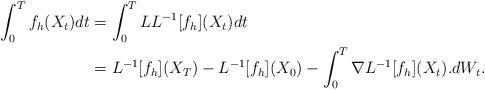
LaTeX: \begin{align*}\int_0^T f_h(X_t)dt &= \int_0^T LL^{-1}[f_h](X_t)dt \\&= L^{-1}[f_h](X_T) - L^{-1}[f_h](X_0) - \int_0^T \nabla L^{-1}[f_h](X_t).dW_t.\end{align*}